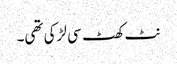
نٹ کھٹ سی لڑکی تھی۔